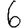
Digit: 6